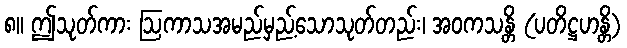
၈။ ဤသုတ်ကား ဩကာသအမည်မှည့်သောသုတ်တည်း၊ အဝကသန္တိ (ပတိဋ္ဌဟန္တိ)